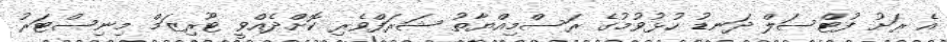
އެ ރަށު ފުޓްސަލްް ދަނޑު ހުޅުވުމުގެ ރަސްމިއްޔާތު ޝަރަފްވެރި ކޮށްދެއްވީ ޓޫރިޒަމް މިނިސްޓަރު